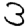
Digit: 3